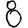
Digit: 8